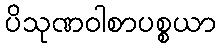
ပိသုဏဝါစာပစ္စယာ